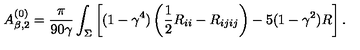
A _ { \beta , 2 } ^ { ( 0 ) } = { \frac { \pi } { 9 0 \gamma } } \int _ { \Sigma } \left[ ( 1 - \gamma ^ { 4 } ) \left( \frac 1 2 R _ { i i } - R _ { i j i j } \right) - 5 ( 1 - \gamma ^ { 2 } ) R \right] .